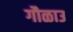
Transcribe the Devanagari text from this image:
गौळाउ